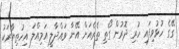
ގޭގެ ހުޅުވިފައި ހުރި ދޮރުން ގޯތި ތެރެއަށް އޭނާ ވައްދާލީ އަމިއްލަ އިހުތިޔާރަކު